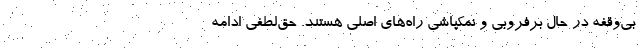
بی‌وقفه در حال برفروبی و نمکپاشی راه‌های اصلی هستند. حق‌لطفی ادامه